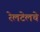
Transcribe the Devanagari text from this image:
रेलटेलचे